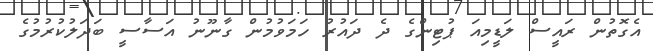
އެގޮތުން ރައީސް ލަޑީމިއަ ޕުޓިންގެ ދެ ދައުރު ހަމަވުމުން ގާނޫނު އަސާސީ ބަދަލުކުރުމުގެ